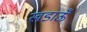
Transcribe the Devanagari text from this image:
खडाऊँ